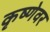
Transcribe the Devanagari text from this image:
कृष्णेवर